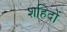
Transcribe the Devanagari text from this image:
शहिदों